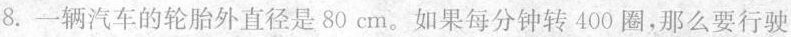
8.一辆汽车的轮胎外直径是80cm。如果每分钟转400圈，那么要行驶